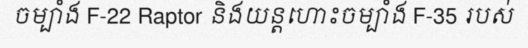
ចម្បាំង F-22 Raptor និងយន្តហោះចម្បាំង F-35 របស់